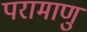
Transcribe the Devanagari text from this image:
परामाणु